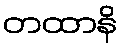
တထာနိ